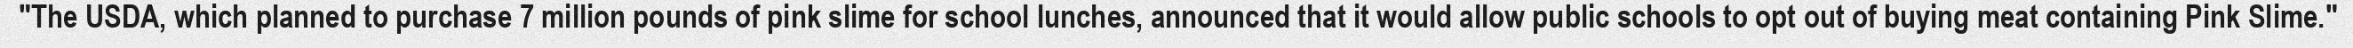
"The USDA, which planned to purchase 7 million pounds of pink slime for school lunches, announced that it would allow public schools to opt out of buying meat containing Pink Slime."